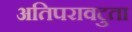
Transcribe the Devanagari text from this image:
अतिपरावटुता